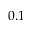
0 . 1